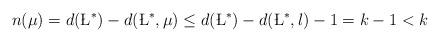
LaTeX: \begin{align*}n(\mu)=d(\L^*)-d(\L^*, \mu)\leq d(\L^*)-d(\L^*, \l)-1=k-1<k\end{align*}